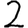
Digit: 2